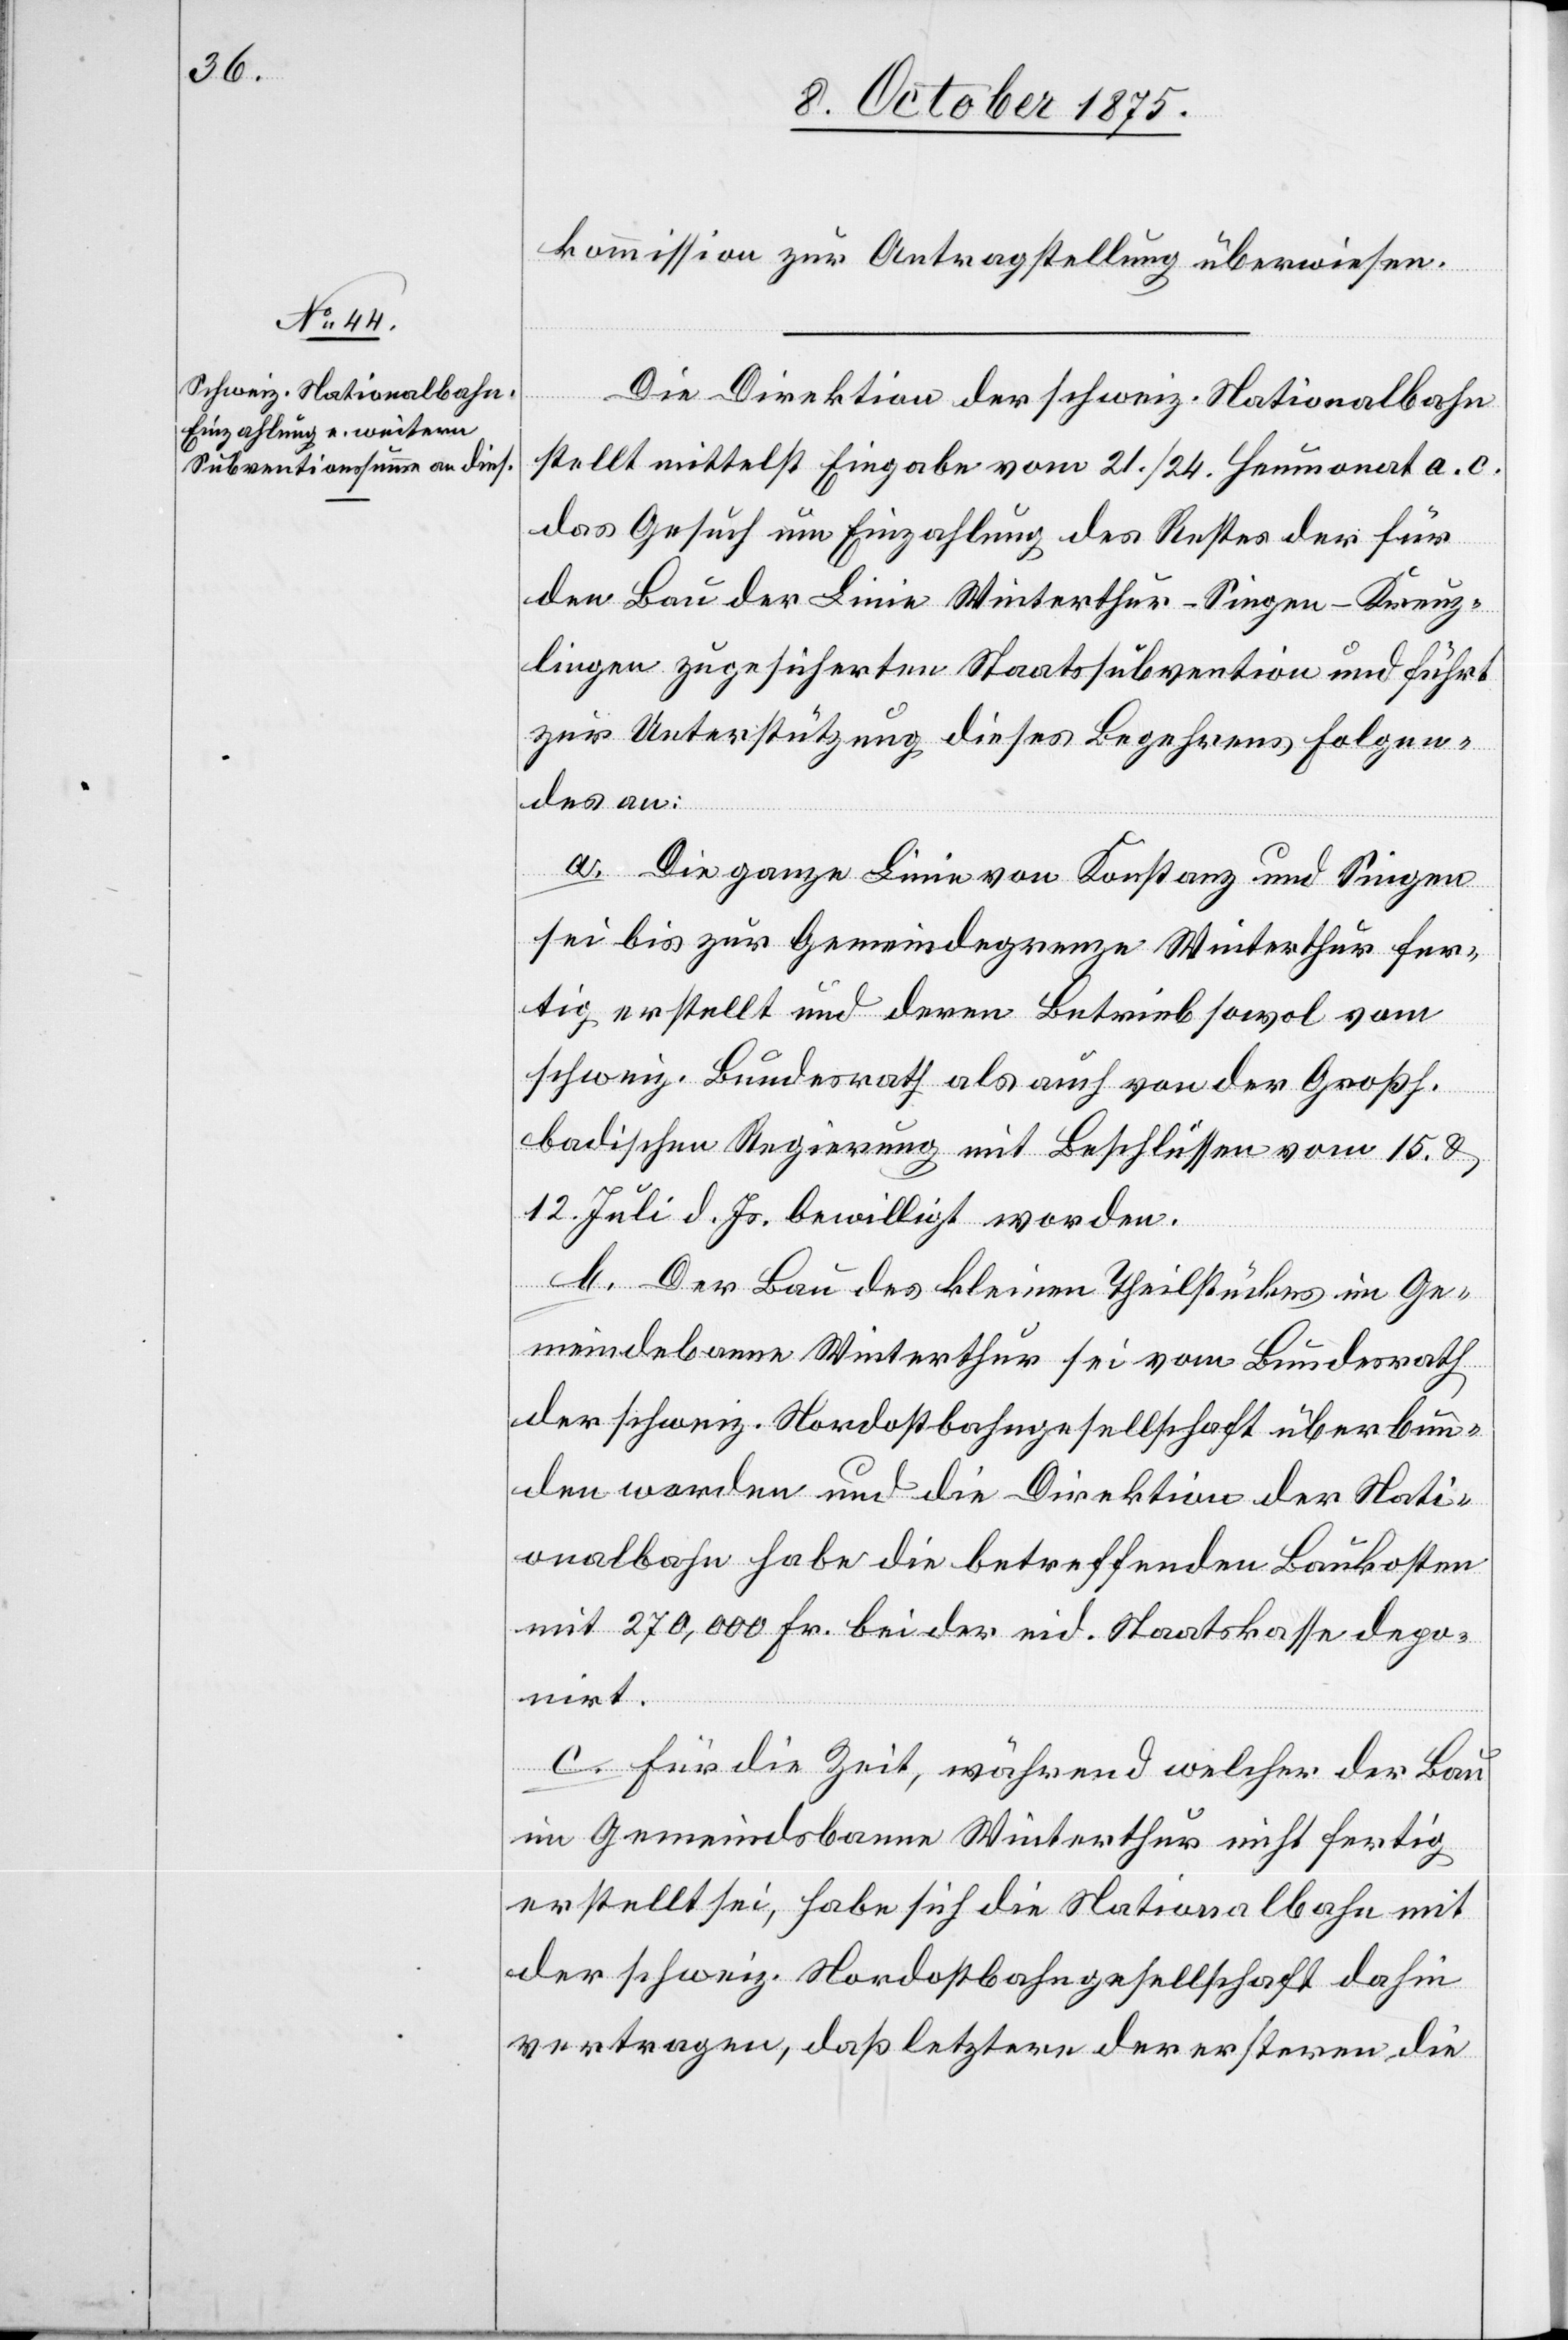
kommission zur Antragstellung überwiesen.
Die Direktion der schweiz. Nationalbahn
stellt mittelst Eingabe vom 21./24. Heumonat a. c.
das Gesuch um Einzahlung des Restes der für
den Bau der Linie Winterthur–Singen–Kreuz¬
lingen zugesicherten Staatssubvention und führt
zur Unterstützung dieses Begehrens Folgen¬
des an:
a. Die ganze Linie von Konstanz und Singen
sei bis zur Gemeindegrenze Winterthur fer¬
tig erstellt und deren Betrieb sowol vom
schweiz. Bundesrath als auch von der Großh.
badischen Regierung mit Beschlüssen vom 15. &
12. Juli d. Js. bewilligt worden.
b. Der Bau des kleinen Theilstückes im Ge¬
meindebanne Winterthur sei vom Bundesrath
der schweiz. Nordostbahngesellschaft überbun¬
den worden und die Direktion der Nati¬
onalbahn habe die betreffenden Baukosten
mit 270,000 Fr. bei der eid. Staatskasse depo¬
nirt.
c. Für die Zeit, während welcher der Bau
im Gemeindsbanne Winterthur nicht fertig
erstellt sei, habe sich die Nationalbahn mit
der schweiz. Nordostbahngesellschaft dahin
vertragen, daß letztere der ersteren die